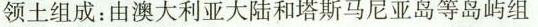
领土组成：由澳大利亚大陆和塔斯马尼亚岛等岛屿组